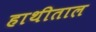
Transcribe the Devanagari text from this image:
हाथीताल